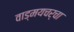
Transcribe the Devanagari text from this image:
वाड्मयचर्चा